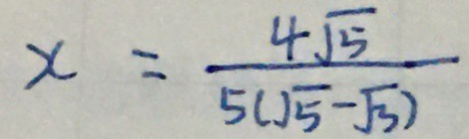
x = \frac { 4 \sqrt { 5 } } { 5 ( \sqrt { 5 } - \sqrt { 3 } ) }